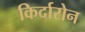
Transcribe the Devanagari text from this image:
किर्दारोन